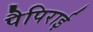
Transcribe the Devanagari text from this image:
पैपिराई